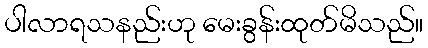
ပါလာရသနည်းဟု မေးခွန်းထုတ်မိသည်။